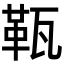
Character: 𤭫